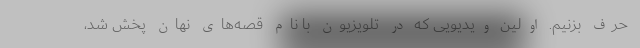
حرف بزنیم. اولین ویدیویی که در تلویزیون با نام قصه‌های نهان پخش شد،